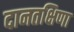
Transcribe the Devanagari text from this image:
दानतक्षिणा